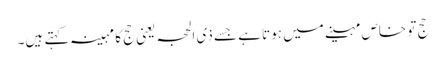
حج تو خاص مہینے میں ہوتا ہے جسے ذی الحجہ یعنی حج کا مہینہ کہتے ہیں۔